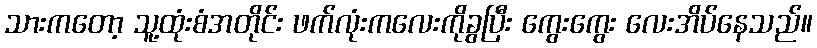
သားကတော့ သူ့ထုံးစံအတိုင်း ဖက်လုံးကလေးကိုခွပြီး ကွေးကွေး လေးအိပ်နေသည်။